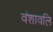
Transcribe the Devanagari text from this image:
वंशावलि